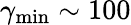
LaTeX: \gamma_{\mathrm{min}}\sim 100